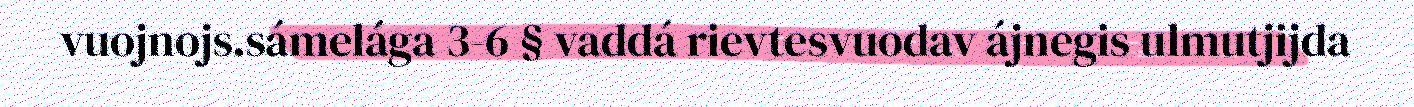
vuojnojs.sámelága 3-6 § vaddá rievtesvuodav ájnegis ulmutjijda